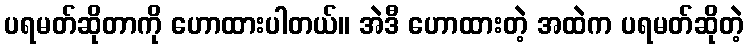
ပရမတ်ဆိုတာကို ဟောထားပါတယ်။ အဲဒီ ဟောထားတဲ့ အထဲက ပရမတ်ဆိုတဲ့